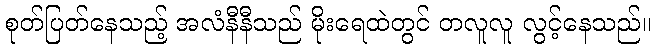
စုတ်ပြတ်နေသည့် အလံနီနီသည် မိုးရေထဲတွင် တလူလူ လွင့်နေသည်။